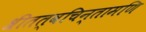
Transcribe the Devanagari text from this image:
श्रीतत्वचिन्तामणि